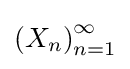
\left(X_{n}\right)_{n=1}^{\infty }